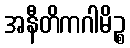
အနီတိကဂါမိဉ္စ